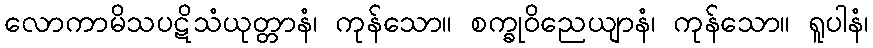
လောကာမိသပဋိသံယုတ္တာနံ၊ ကုန်သော။ စက္ခုဝိညေယျာနံ၊ ကုန်သော။ ရူပါနံ၊